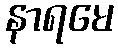
နာရမေ